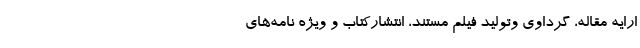
ارایه مقاله، گرداوی وتولید فیلم مستند، انتشارکتاب و ویژه نامه‌های